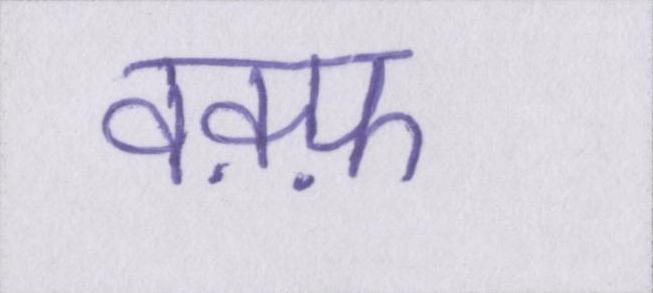
वक़्फ़